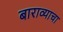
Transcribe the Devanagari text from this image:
बाराव्याचा